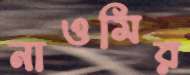
নাওমির